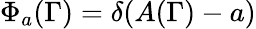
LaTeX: \Phi_{a}(\Gamma)=\delta(A(\Gamma)-a)